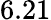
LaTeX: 6.21